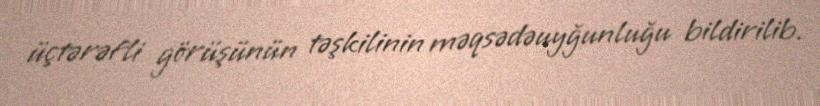
üçtərəfli görüşünün təşkilinin məqsədəuyğunluğu bildirilib.